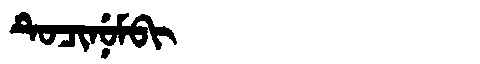
Manchu: ᡨᡠᠴᡳᠨᡠᠮᠪᡳ
Romanization: TUCINUMBI